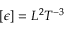
[ \epsilon ] = L ^ { 2 } T ^ { - 3 }